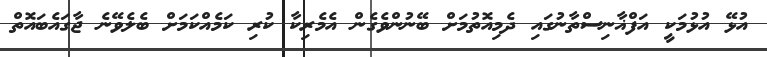
އުޅޭ އުޅުމަކީ އަފްޣާނިސްތާނުގައި ދެމިއޮތުމަށް ބޭނުންވެގެން އެމެރިކާ ކުރި ކަމެއްކަމަށް ބެލެވޭނެ ޖާގައެބައޮތް